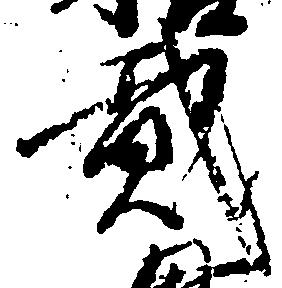
弐